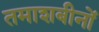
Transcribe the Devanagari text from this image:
तमाशबीनों